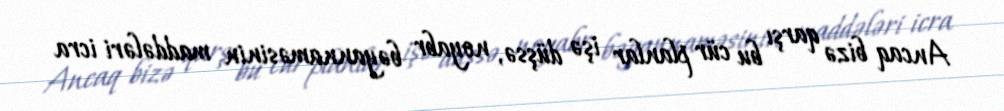
Ancaq bizə qarşı bu cür planlar işə düşsə, noyabr bəyannaməsinin maddələri icra